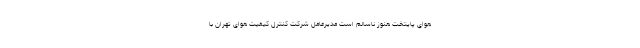
هوای پایتخت هنوز ناسالم است مدیرعامل شرکت کنترل کیفیت هوای تهران با